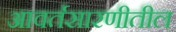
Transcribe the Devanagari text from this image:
आवर्तसारणीतील